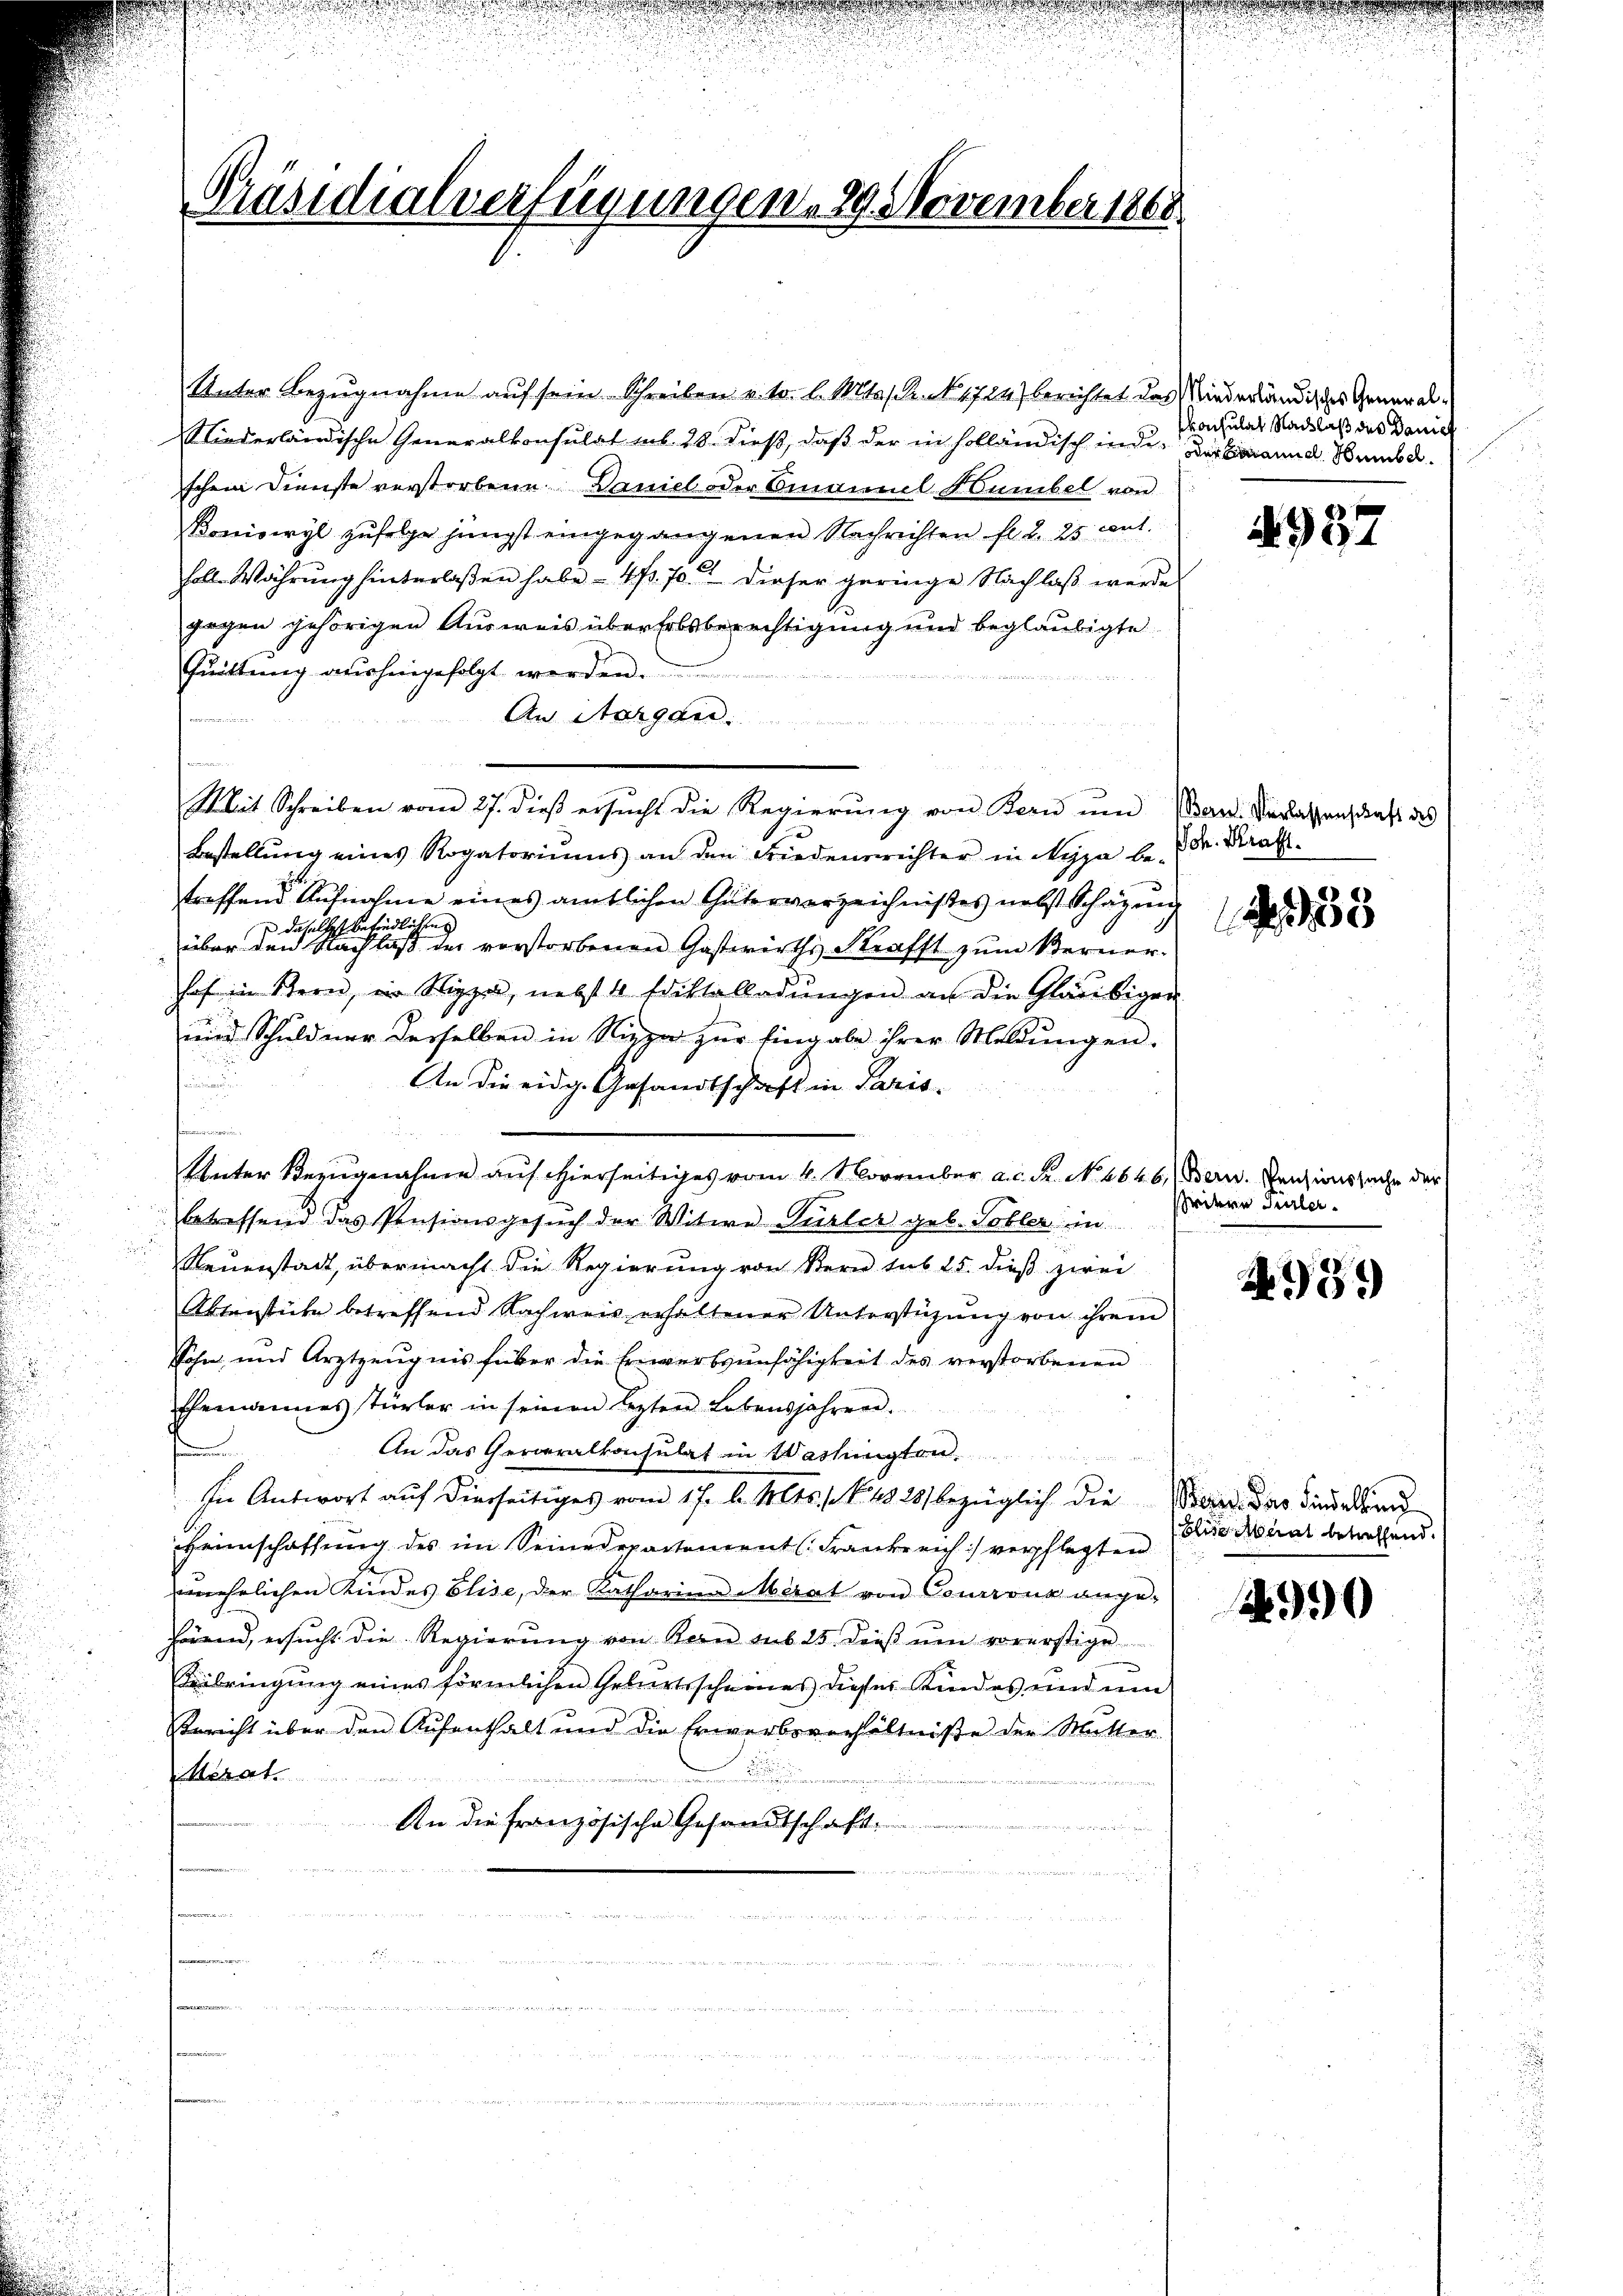
Präsidialverfügungen 29. November 1868

Unter Bezugnahme auf sein Schreiben v. o. l. Mts. den 1724) berichtet das Niederländiges General¬
Niederländische Generalkonsulat sub. 28. dieß, daß der in holländisch inde der Bannd Sub d
schen Dienste verstorbene Daniel oder Emanuel Humbel von
Boniswyl zufolge jüngst eingegangenen Nachrichten fl. 2 25 cit.
foll. Währung hinterlaßen habe. - 4. 70 dieser geringe Nachlaß werde
gegen gehörigen Ausweis über Erbsberechtigung und beglaubigte
Quittung aushingefolgt werden.
An Sorgen.
Bestellung eines Rogatoriums an den Friedensrichter in Nyja be-
treffend Aufnahme eines amtlichen Güterverzeichnisses nebst Schazun
daselst befindlichen
über den Nachlaß der vorstorbenen Gastwirths Strafft zum Berner-
hof in Stern, in Sippe, nebst 4 Ediktalladungen an die Gläubiger
und Schuldner derselben in Sippe zur Eingabe ihrer Meldungen.
An die eidg. Gesandtschaft in Paris
u
finden
Unter Bezugnahme auf hierseitiges vom 4. November a.c. Fr. N. 1646.) Bern. Pensionssache der
betreffend das Pensionsgesŭch der Witwe Türler geb. Tobler in
Neuenstadt, übermacht die Regierung von Bern sub 25. dieß zwei
Aktenstüke betreffend Nachweis erhaltener Unterstüzung von ihrem
Sohn, und Arztzeugnis füber die Erwerbsunfähigkeit des verstorbenen
Ehemannes Türler in seinen lezten Lebensjahren.
An das Generalkonsulat in Wartungen
In Antwort auf dierseitiges vom 17. d. Mts., N. 1325) bezüglich die
Heimschaffung des im Seinedepartement Frankreich verpflegten
unehrlichen Kindes Elise, der Katharina Mérat von Courronz ange-
hörend, ersŭcht die Regierŭng von Kern sub 25 dieβ ŭm vorerstige
Veibringung eines förmlichen Geburtsscheines dieser Kindes und um
Bericht über den Aufenthalt und die Erwerbsverhältniße der Mutter
.
n
An die französische Gesandtschaft

Mit Schreiben vom 27. dieß ersŭcht die Regierung von Bern und

konsulat Nachlaß des Daniel

f

4937

Bern. Verlassenschaft des
Joh. Kraft.
ch
33

ritern Türler

4959

eper. Das Findelbund
Elise Aberat betreffend.

990